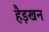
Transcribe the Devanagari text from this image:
हैड़खन